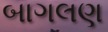
બાગલણ